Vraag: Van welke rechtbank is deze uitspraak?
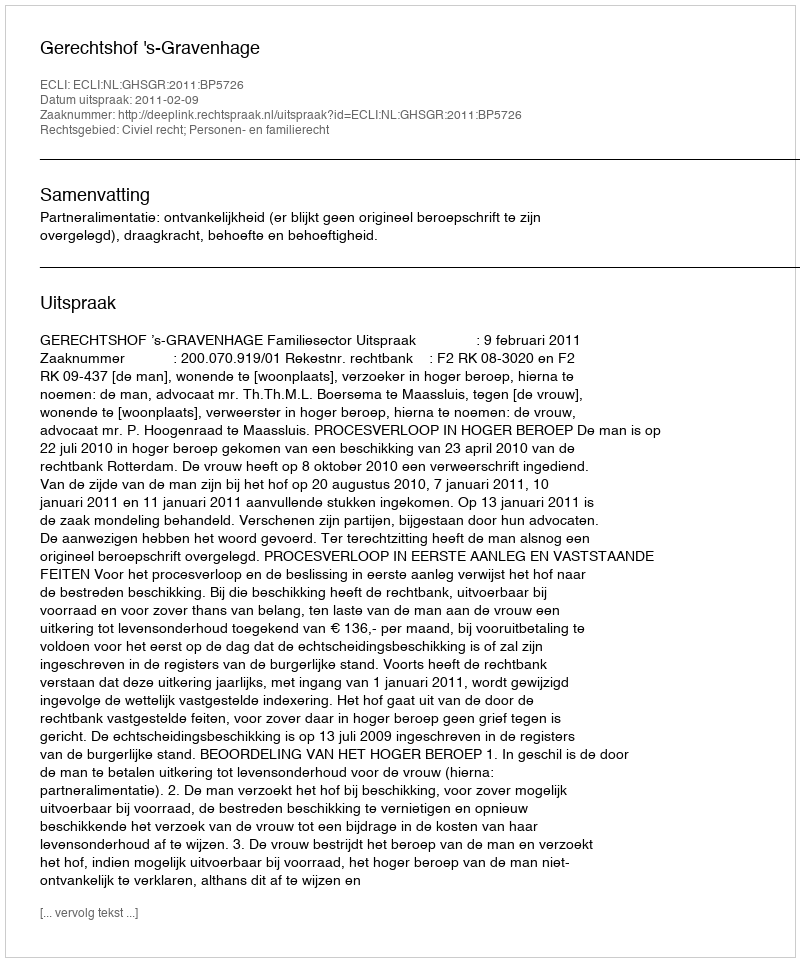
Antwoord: Gerechtshof 's-Gravenhage